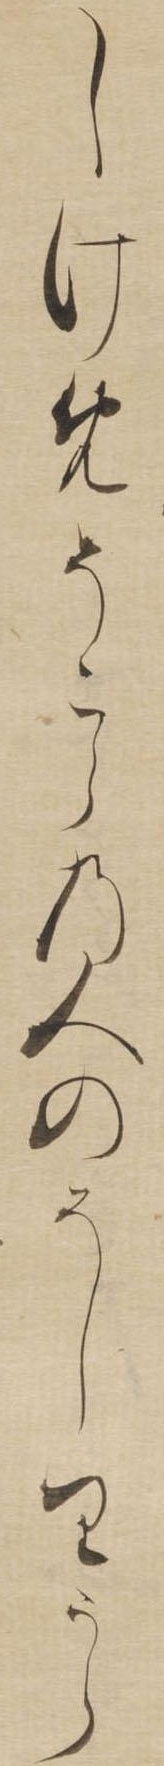
しけめそこらの人のそしりうら